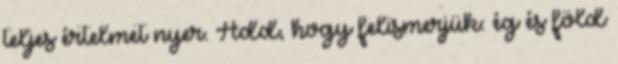
teljes értelmet nyer. Add, hogy felismerjük: ég és föld